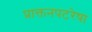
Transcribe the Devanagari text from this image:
प्राक्तनपटरेषा